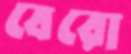
বেরো